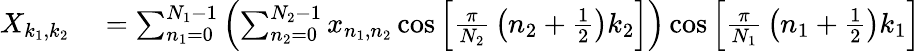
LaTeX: \begin{array}{rl}{X_{k_{1},k_{2}}}&{{}=\sum_{n_{1}=0}^{N_{1}-1}\left(\sum_{n_{2}=0}^{N_{2}-1}x_{n_{1},n_{2}}\cos\left[{\frac{\pi}{N_{2}}}\left(n_{2}+{\frac{1}{2}}\right)k_{2}\right]\right)\cos\left[{\frac{\pi}{N_{1}}}\left(n_{1}+{\frac{1}{2}}\right)k_{1}\right]}\end{array}